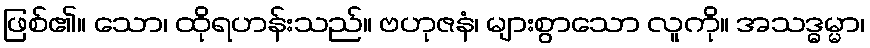
ဖြစ်၏။ သော၊ ထိုရဟန်းသည်။ ဗဟုဇနံ၊ များစွာသော လူကို။ အသဒ္ဓမ္မာ၊